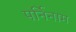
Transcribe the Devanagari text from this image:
पर्निनाम